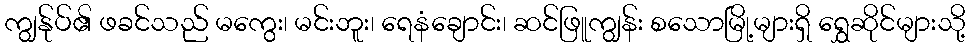
ကျွန်ုပ်၏ ဖခင်သည် မကွေး၊ မင်းဘူး၊ ရေနံချောင်း၊ ဆင်ဖြူကျွန်း စသောမြို့များရှိ ရွှေဆိုင်များသို့